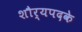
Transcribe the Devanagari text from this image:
शौर्यपदके